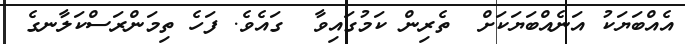
އެއްބަޔަކު އަނެއްބަޔަކަށް  ތެރިން ކަމުގައިވާ  ގައެވެ. ފަހެ ތިމަންރަސްކަލާނގެ